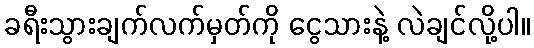
ခရီးသွားချက်လက်မှတ်ကို ငွေသားနဲ့ လဲချင်လို့ပါ။